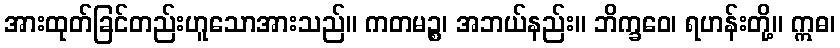
အားထုတ်ခြင်တည်းဟူသောအားသည်။ ကတမဉ္စ၊ အဘယ်နည်း။ ဘိက္ခဝေ၊ ရဟန်းတို့။ ဣဓ၊